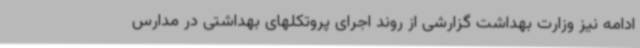
ادامه نیز وزارت بهداشت گزارشی از روند اجرای پروتکلهای بهداشتی در مدارس